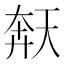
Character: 𫯩